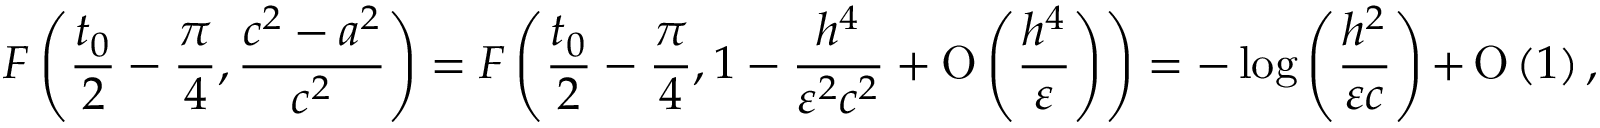
F \left( \frac { t _ { 0 } } { 2 } - \frac { \pi } { 4 } , \frac { c ^ { 2 } - a ^ { 2 } } { c ^ { 2 } } \right) = F \left( \frac { t _ { 0 } } { 2 } - \frac { \pi } { 4 } , 1 - \frac { h ^ { 4 } } { \varepsilon ^ { 2 } c ^ { 2 } } + \ensuremath { \operatorname { O } \left( \frac { h ^ { 4 } } { \varepsilon } \right) } \right) = - \log { \left( \frac { h ^ { 2 } } { \varepsilon c } \right) } + \ensuremath { \operatorname { O } \left( 1 \right) } ,